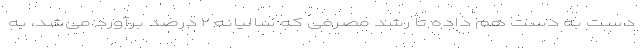
دست به دست هم داده تا رشد مصرفی که سالیانه ۲ درصد برآورد می‌شد، به